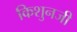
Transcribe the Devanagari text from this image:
किशुनजी